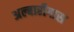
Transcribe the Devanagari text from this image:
अल्बारीगास